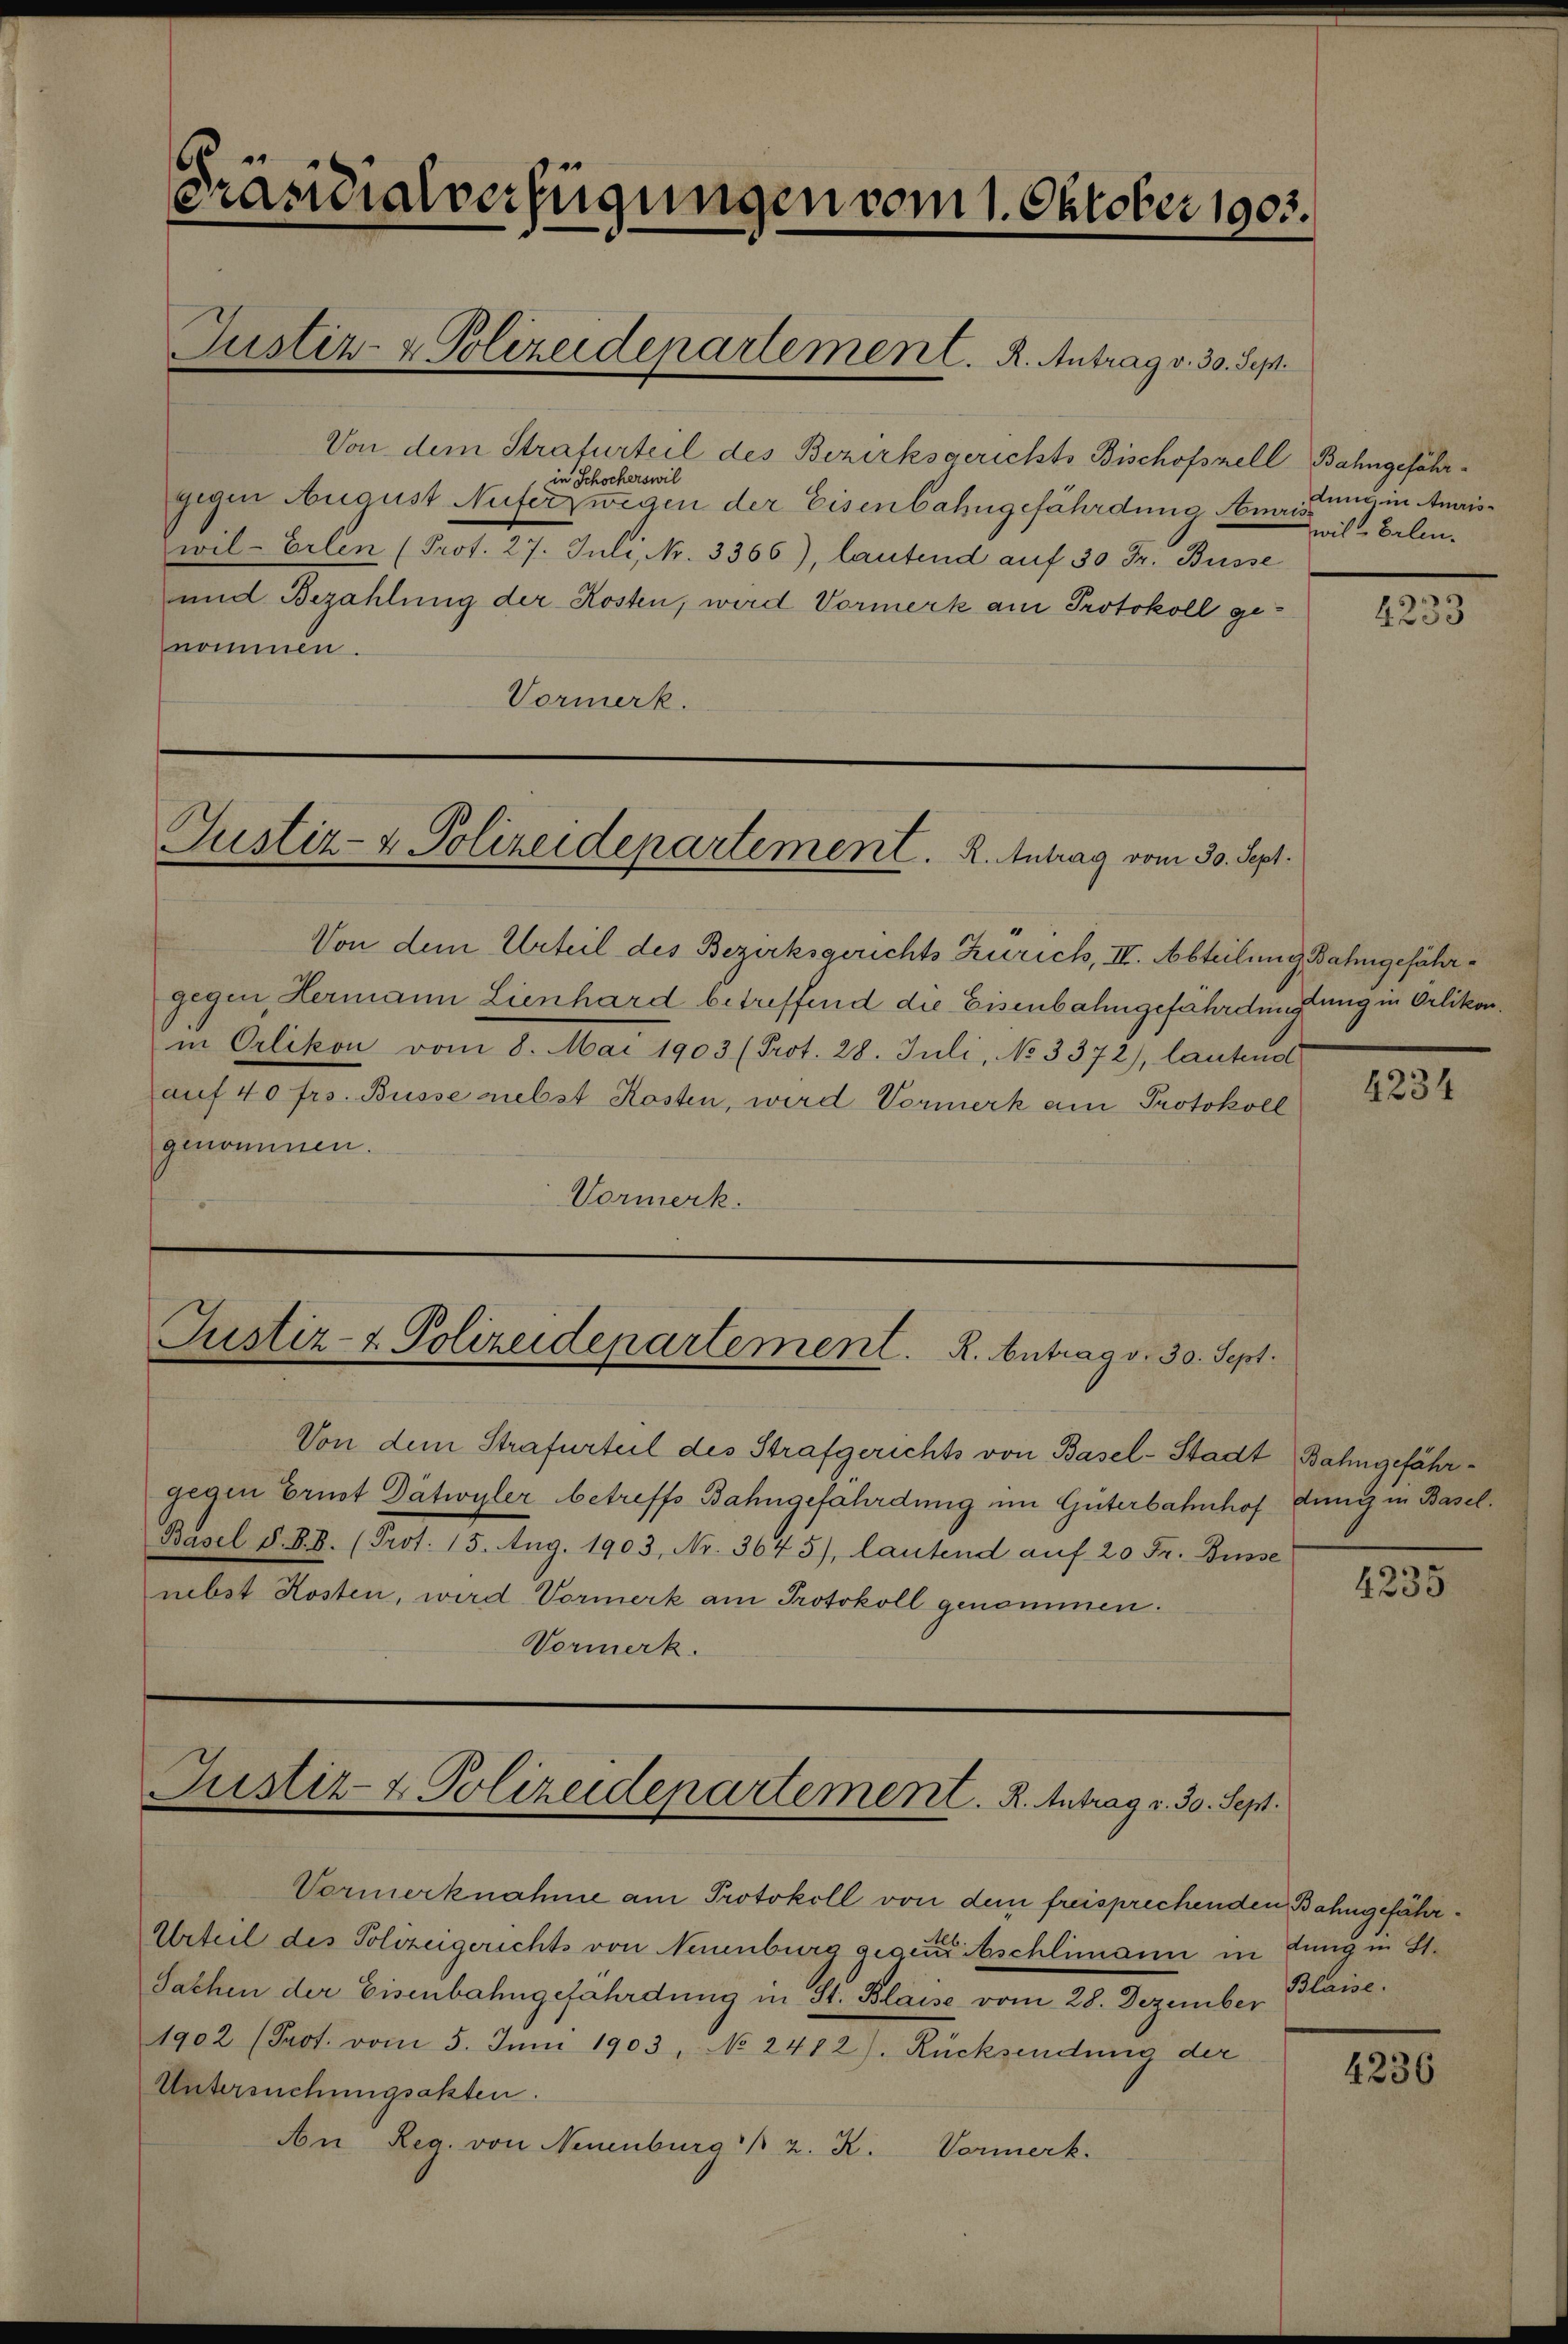
Präsidialverfügungen vom 1. Oktober 1903.

Von dem Strafurteil des Bezirksgerichts Bischofszell Bahngeführin Schocherswil
gegen August Nuferzwegen der Eisenbahngefährdung Amris
wil-Erlen (Prot. 27. Juli, Nr. 3366), lautend auf 30 Fr. Büsse
und Bezahlung der Kosten, wird Vormerk am Protokoll genommen.
Vormerk.

Justiz- & Polizeidepartement. A. Antrag v. 30. Sep.

Justiz- & Polizeidepartement. K. Antrag vom 30. Sept.

Von dem Urteil des Bezirksgerichts Zürich, II. Abteilung Bahngefährgegen, Hermann Lienhard betreffend die Eisenbahngefährdungsung in Orlikonin Orlikon vom 8. Mai 1903 (Prot. 28. Juli, No 3372), lautend
auf 40 frs. Busse nebst Kosten, wird Vormerk am Protokoll
genommen.
Vormerk.

Justiz- & Polizeidepartement. R. Antrag v. 30. Sept.

Von dem Strafurteil des Strafgerichts von Basel-Stadt Bahngefährgegen Ernst Dätwyler betreffs Bahngefährdung im Güterbahnhof dung in Basel¬
Basel d. B. B. (Prot. 15. Aug. 1903, Nr. 3645), lautend auf 20 Fr. Busse
nebst Kosten, wird Vormerk am Protokoll genommen.
Vormerk.

Justiz- & Polizeidepartement. R. Antrag v. 30. Sept.

Vormerknahme am Protokoll von dem freisprechenden Bahngefähr¬
Urteil des Polizeigerichts von Neuenburg gegen beschlimann in dung in St.
Sachen der Eisenbahngefährdung in St. Blaise vom 28. Dezember Blaise.
1902 (Prot. vom 5. Juni 1903, No 2412). Rücksendung der
Untersuchungsakten.
An Reg. von Neuenburg 12. X.
Vormerk.

dung in Amriswil-Balme

4233

4234

4235

4236